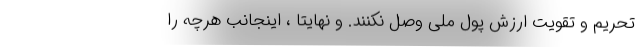
تحریم و تقویت ارزش پول ملی وصل نکنند. و نهایتاً ، اینجانب هرچه را